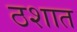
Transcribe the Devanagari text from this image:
ठशात